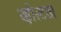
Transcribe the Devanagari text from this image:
व्होल्टला